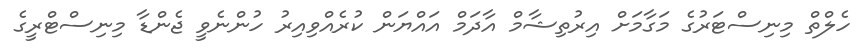
ހެލްތް މިނިސްޓަރުގެ މަގާމަށް އިރުތިޝާމް އާދަމް އައްޔަން ކުރެއްވިއިރު ހުންނެވީ ޖެންޑާ މިނިސްޓްރީގެ